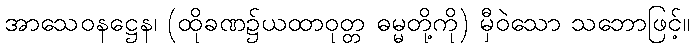
အာသေဝနဋ္ဌေန၊ (ထိုခဏ၌ယထာဝုတ္တ ဓမ္မတို့ကို) မှီဝဲသော သဘောဖြင့်။